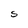
Character: S